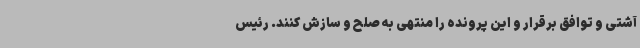
آشتی و توافق برقرار و این پرونده را منتهی به صلح و سازش کنند. رئیس